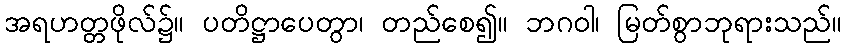
အရဟတ္တဖိုလ်၌။ ပတိဋ္ဌာပေတွာ၊ တည်စေ၍။ ဘဂဝါ၊ မြတ်စွာဘုရားသည်။